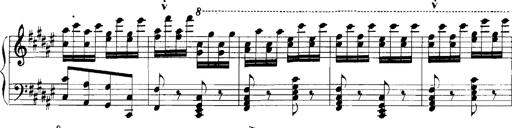
Title: Rhapsodies hongroises
Composer: Franz Liszt